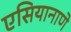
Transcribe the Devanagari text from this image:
एसियानाणे